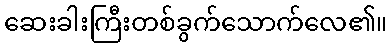
ဆေးခါးကြီးတစ်ခွက်သောက်လေ၏။